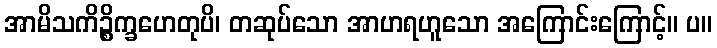
အာမိသကိဉ္စိက္ခဟေတုပိ၊ တဆုပ်သော အာဟရဟူသော အကြောင်းကြောင့်။ ပ။